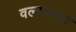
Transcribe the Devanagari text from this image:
वल्साल्वा